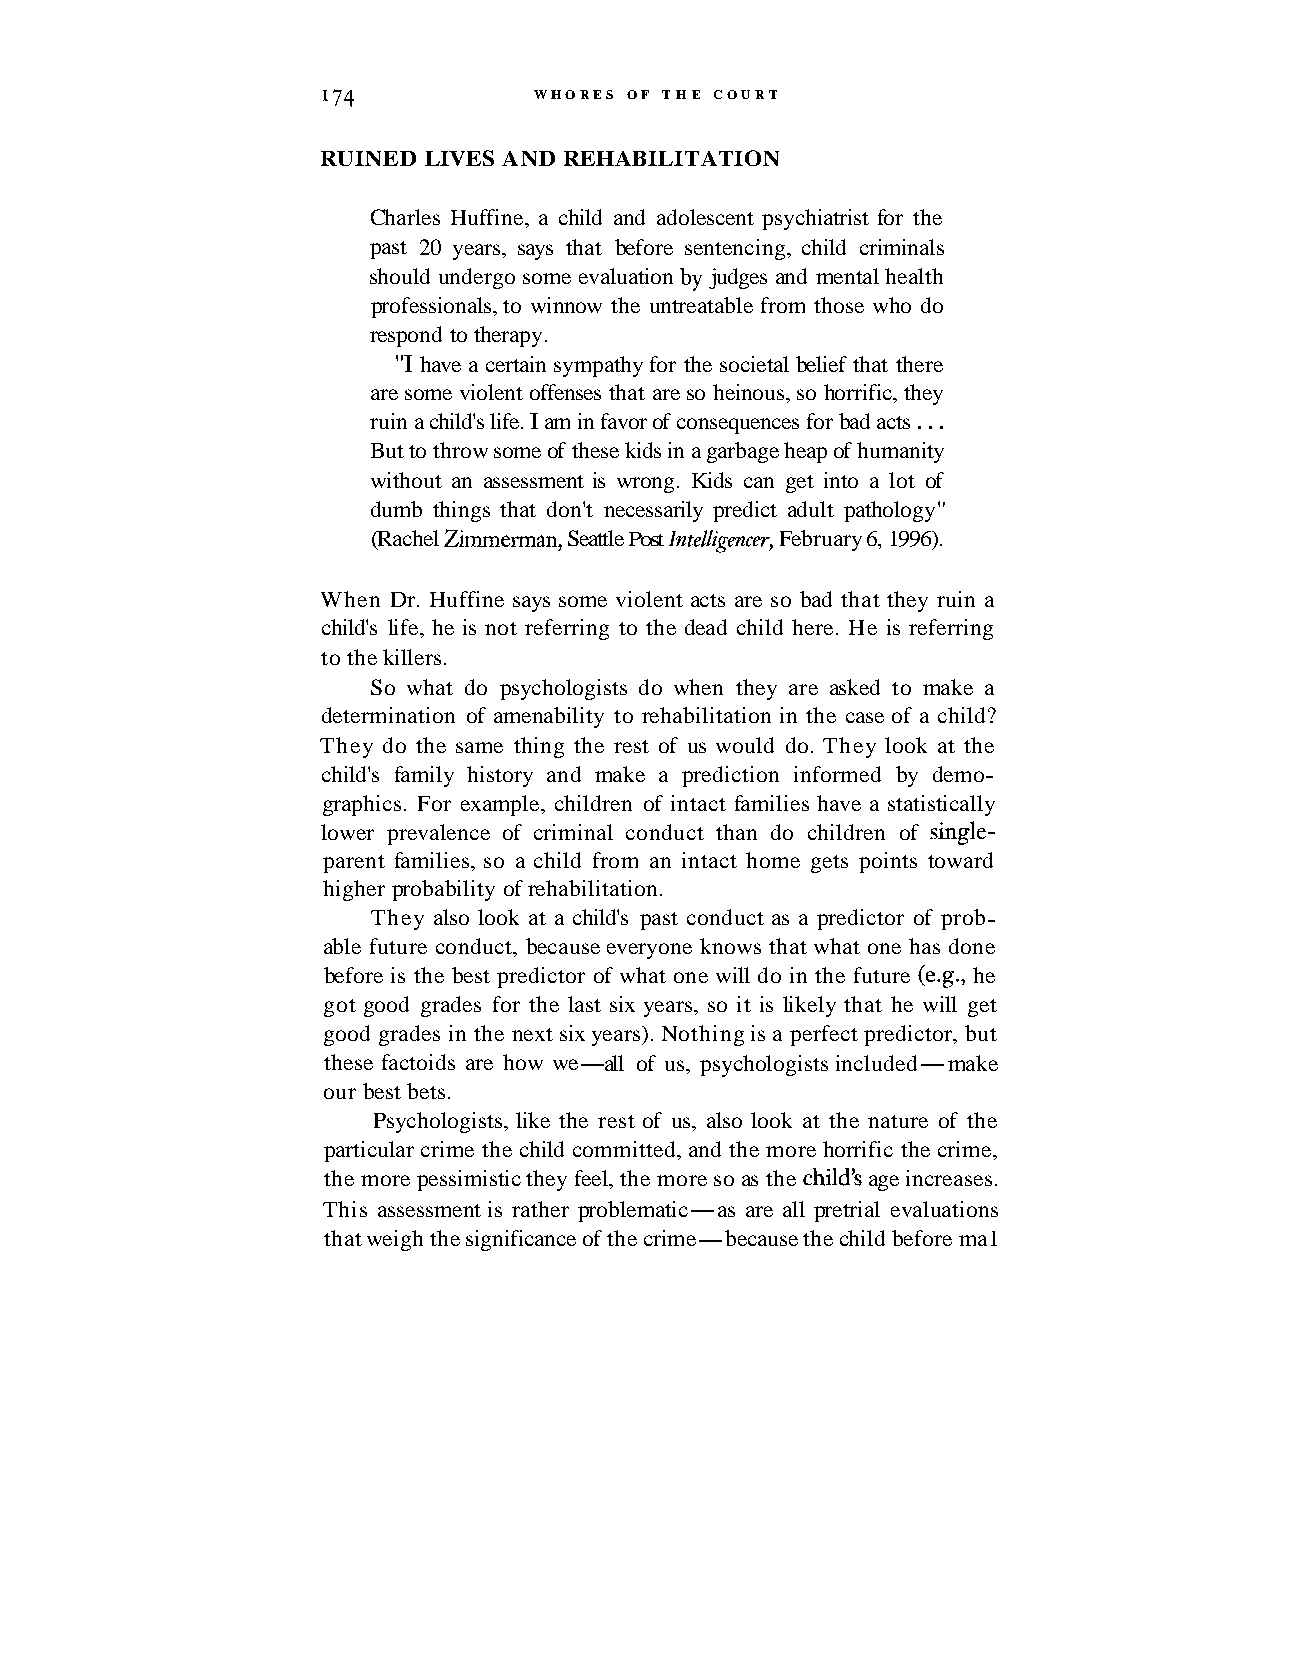
I74           WHORES OF THE COURT
 RUINED LIVES AND REHABILITATION
 Charles Huffine, a child and adolescent psychiatrist for the
 past 20 years, says that before sentencing, child criminals
 should undergo some evaluation by judges and mental health
 professionals, to winnow the untreatable from those who do
 respond to therapy.
 "I have a certain sympathy for the societal belief that there
 are some violent offenses that are so heinous, so horrific, they
 ruin a child's life. I am in favor of consequences for bad acts . . .
 But to throw some of these kids in a garbage heap of humanity
 without an assessment is wrong. Kids can get into a lot of
 dumb things that don't necessarily predict adult pathology"
 (Rachel Zirnrnerman, Seattle Post Intelligencer, February 6, 1996).
 When Dr. Huffine says some violent acts are so bad that they ruin a
 child's life, he is not referring to the dead child here. He is referring
 to the killers.
 So what do psychologists do when they are asked to make a
 determination of amenability to rehabilitation in the case of a child?
 They do the same thing the rest of us would do. They look at the
 child's family history and make a prediction informed by demo-
 graphics. For example, children of intact families have a statistically
 lower prevalence of criminal conduct than do children of single-
 parent families, so a child from an intact home gets points toward
 higher probability of rehabilitation.
 They also look at a child's past conduct as a predictor of prob-
 able future conduct, because everyone knows that what one has done
 before is the best predictor of what one will do in the future (e.g., he
 got good grades for the last six years, so it is likely that he will get
 good grades in the next six years). Nothing is a perfect predictor, but
 these factoids are how we-all of us, psychologists included-make
 our best bets.
 Psychologists, like the rest of us, also look at the nature of the
 particular crime the child committed, and the more horrific the crime,
 the more pessimistic they feel, the more so as the chld's age increases.
 This assessment is rather problematic-as are all pretrial evaluations
 that weigh the significance of the crime-because the child before ma1